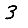
Digit: 3